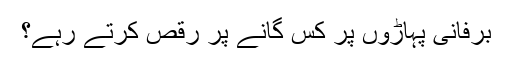
برفانی پہاڑوں پر کس گانے پر رقص کرتے رہے؟